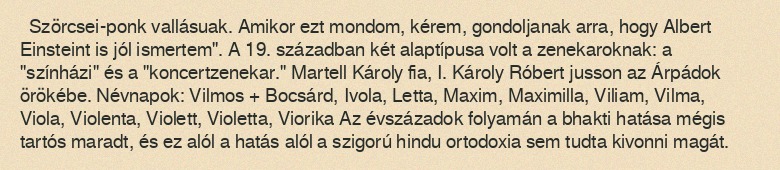
Szörcsei-ponk vallásuak. Amikor ezt mondom, kérem, gondoljanak arra, hogy Albert Einsteint is jól ismertem". A 19. században két alaptípusa volt a zenekaroknak: a "színházi" és a "koncertzenekar." Martell Károly fia, I. Károly Róbert jusson az Árpádok örökébe. Névnapok: Vilmos + Bocsárd, Ivola, Letta, Maxim, Maximilla, Viliam, Vilma, Viola, Violenta, Violett, Violetta, Viorika Az évszázadok folyamán a bhakti hatása mégis tartós maradt, és ez alól a hatás alól a szigorú hindu ortodoxia sem tudta kivonni magát.